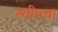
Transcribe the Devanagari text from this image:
स्वीपचा